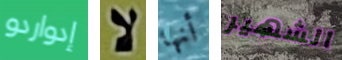
إدواردو لا أنها الشهير